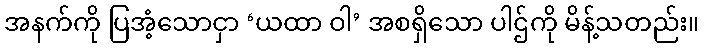
အနက်ကို ပြအံ့သောငှာ ‘ယထာ ဝါ’ အစရှိသော ပါဌ်ကို မိန့်သတည်း။